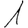
Digit: 1